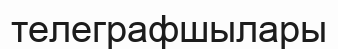
телеграфшылары